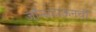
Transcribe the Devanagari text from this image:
जॉन्सटाऊनची